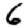
Digit: 6